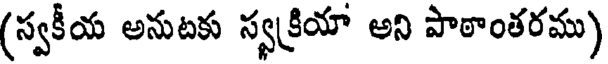
(స్వకీయ అనుటకు స్వక్రియా అని పాఠాంతరము)